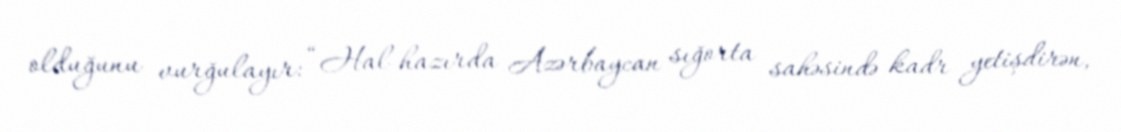
olduğunu vurğulayır: “Hal-hazırda Azərbaycan sığorta sahəsində kadr yetişdirən,